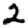
Digit: 2